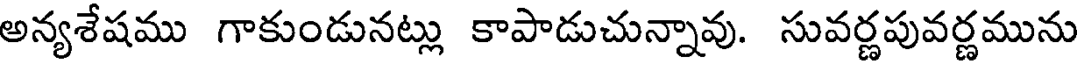
అన్యశేషము గాకుండునట్లు కాపాడుచున్నావు. సువర్ణపువర్ణమును